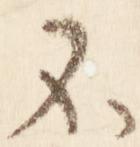
不